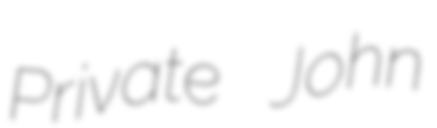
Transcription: Private John